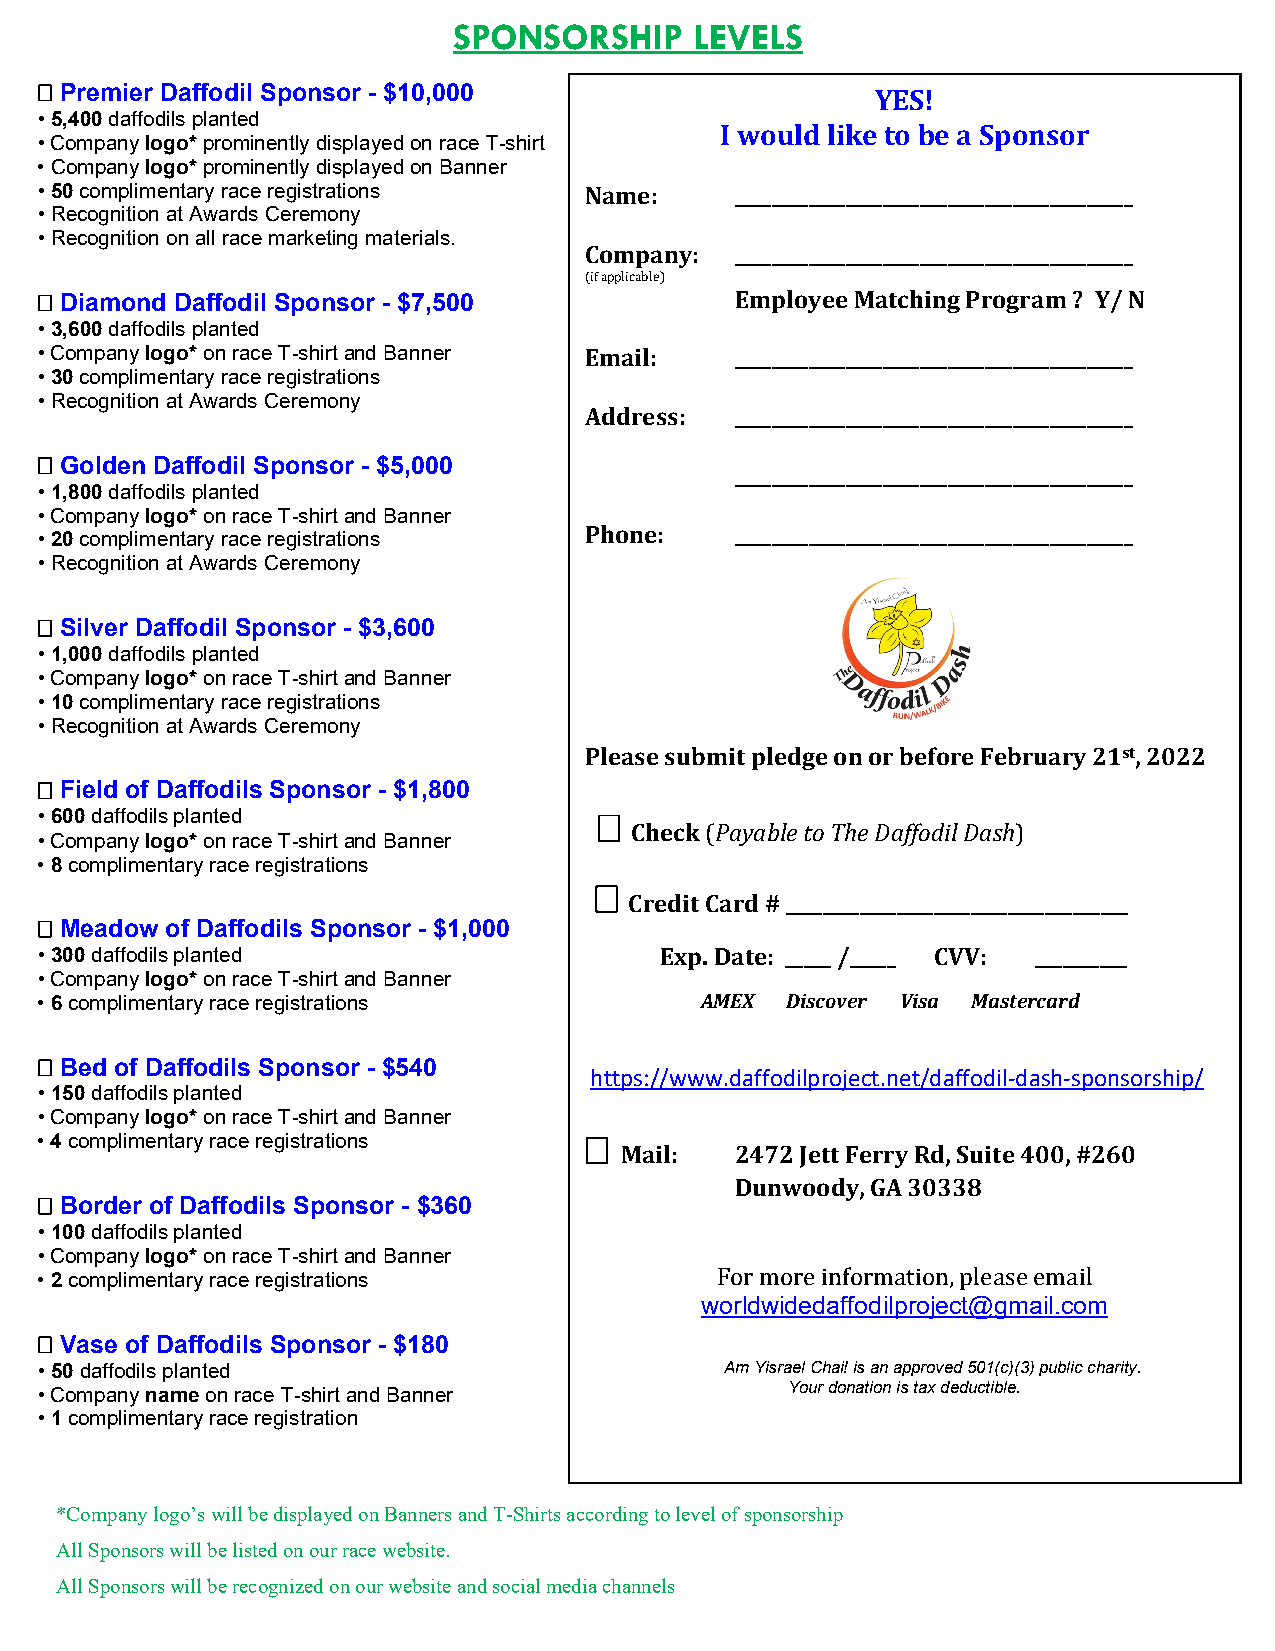
SPONSORSHIP     LEVELS
  Premier Daffodil Sponsor - $10,000                    YES!
 • 5,400 daffodils planted
 I would like to be a Sponsor
 • Company logo* prominently displayed on race T-shirt
 • Company logo* prominently displayed on Banner
 • 50 complimentary race registrations Name:    ___________________________________________
 • Recognition at Awards Ceremony
 • Recognition on all race marketing materials.
 Company:  ___________________________________________
  Diamond Daffodil Sponsor - $7,500  (if applicable) Employee Matching Program ? Y/ N
 • 3,600 daffodils planted
 • Company logo* on race T-shirt and Banner Email: ___________________________________________
 • 30 complimentary race registrations
 • Recognition at Awards Ceremony
 Address:  ___________________________________________
  Golden Daffodil Sponsor - $5,000
 ___________________________________________
 • 1,800 daffodils planted
 • Company logo* on race T-shirt and Banner
 Phone:    ___________________________________________
 • 20 complimentary race registrations
 • Recognition at Awards Ceremony
  Silver Daffodil Sponsor - $3,600
 • 1,000 daffodils planted
 • Company logo* on race T-shirt and Banner
 • 10 complimentary race registrations
 • Recognition at Awards Ceremony
 Please submit pledge on or before February 21st, 2022
  Field of Daffodils Sponsor - $1,800
 • 600 daffodils planted
 Check Payable to The Daffodil Dash
 • Company logo* on race T-shirt and Banner
 • 8 complimentary race registrations
        (                   )
 Credit Card # _____________________________________
  Meadow of Daffodils Sponsor - $1,000
 • 300 daffodils planted                   Exp. Date: _____ /_____ CVV: __________
 • Company logo* on race T-shirt and Banner
 • 6 complimentary race registrations        AMEX  Discover Visa Mastercard
  Bed of Daffodils Sponsor - $540
 https://www.daffodilproject.net/daffodil-dash-sponsorship/
 • 150 daffodils planted
 • Company logo* on race T-shirt and Banner
 • 4 complimentary race registrations
 Mail:   2472 Jett Ferry Rd, Suite 400, #260
 Dunwoody, GA 30338
  Border of Daffodils Sponsor - $360
 • 100 daffodils planted
 • Company logo* on race T-shirt and Banner
 • 2 complimentary race registrations
 worldwidedaffodilproject@gmail.com
 For more informa tion, please email
  Vase of Daffodils Sponsor - $180
 • 50 daffodils planted                        Am Yisrael Chai! is an approved 501(c)(3) public charity.
 Your donation is tax deductible.
 • Company name on race T-shirt and Banner
 • 1 complimentary race registration
 *Company logo’s will be displayed on Banners and T-Shirts according to level of sponsorship
 All Sponsors will be listed on our race website.
 All Sponsors will be recognized on our website and social media channels